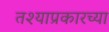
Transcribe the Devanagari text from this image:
तश्याप्रकारच्या